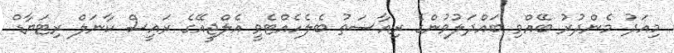
މިއަދު މެންދުރު ބޭއްވި ބައްދަލުވުންގެ ރިއާސަތު ބެލެހެއްޓެވީ އެލްޖީއޭގެ ރައީސް ކާނަލް ރިޓަޔާޑް